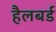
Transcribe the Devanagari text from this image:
हैलबर्ड